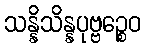
သန္နိသိန္နပုဗ္ဗဉ္စေဝ